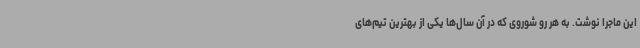
این ماجرا نوشت. به هر رو شوروی که در آن سال‌ها یکی از بهترین تیم‌های